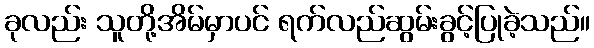
ခုလည်း သူတို့အိမ်မှာပင် ရက်လည်ဆွမ်းခွင့်ပြုခဲ့သည်။